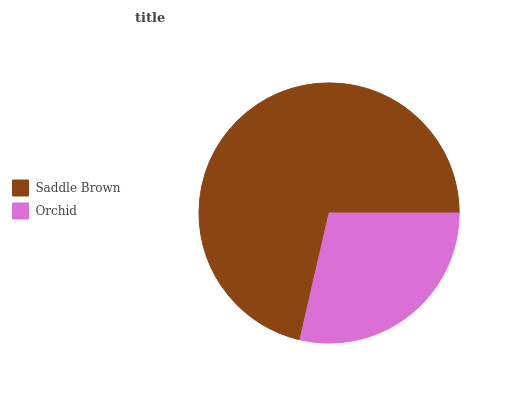
| Saddle Brown | Orchid |
 | --- | --- |
 | 71.4% | 28.6% |